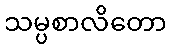
သမ္ပစာလိတော